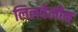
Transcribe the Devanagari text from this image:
लिलवेलीन